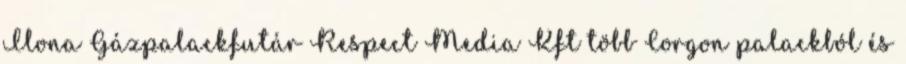
Ilona Gázpalackfutár Respect Media Kft több Corgon palackból és